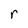
Character: r